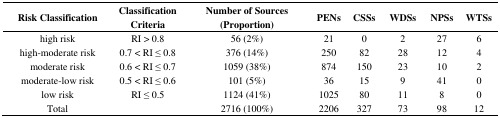
| Risk Classification | Classification Criteria | Number of Sources (Proportion) | PENs | CSSs | WDSs | NPSs | WTSs |
 | --- | --- | --- | --- | --- | --- | --- | --- |
 | high risk | RI > 0.8 | 56 (2%) | 21 | 0 | 2 | 27 | 6 |
 | high-moderate risk | 0.7 < RI ≤ 0.8 | 376 (14%) | 250 | 82 | 28 | 12 | 4 |
 | moderate risk | 0.6 < RI ≤ 0.7 | 1059 (38%) | 874 | 150 | 23 | 10 | 2 |
 | moderate-low risk | 0.5 < RI ≤ 0.6 | 101 (5%) | 36 | 15 | 9 | 41 | 0 |
 | low risk | RI ≤ 0.5 | 1124 (41%) | 1025 | 80 | 11 | 8 | 0 |
 | Total |  | 2716 (100%) | 2206 | 327 | 73 | 98 | 12 |